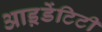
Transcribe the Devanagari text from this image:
आइ़डेंटिटी